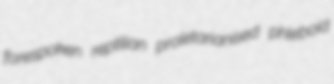
forespoken reptilian proletarianised phleboid